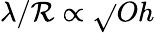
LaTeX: \lambda/\mathcal{R}\propto\sqrt{}{{Oh}}